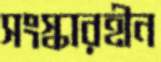
সংস্কারহীন